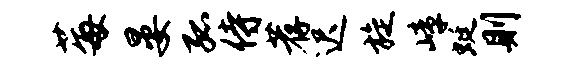
莓晏孤侍荐迟旋嶂蜓则